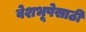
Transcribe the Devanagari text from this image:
वेशभूषेसाठी